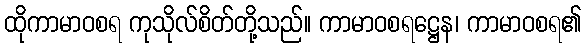
ထိုကာမာဝစရ ကုသိုလ်စိတ်တို့သည်။ ကာမာဝစရဋ္ဌေန၊ ကာမာဝစရ၏